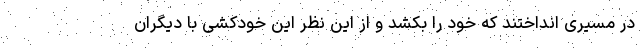
در مسیری انداختند که خود را بکشد و از این نظر این خودکشی با دیگران